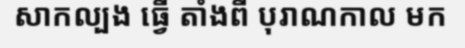
សាកល្បង ធ្វើ តាំងពី បុរាណកាល មក